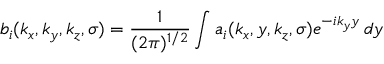
b _ { i } ( k _ { x } , k _ { y } , k _ { z } , \sigma ) = \frac { 1 } { ( 2 \pi ) ^ { 1 / 2 } } \int a _ { i } ( k _ { x } , y , k _ { z } , \sigma ) e ^ { - i k _ { y } y } \, d y